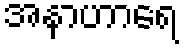
အနာဟာရေ